Leaving Certificate Examination, 1907
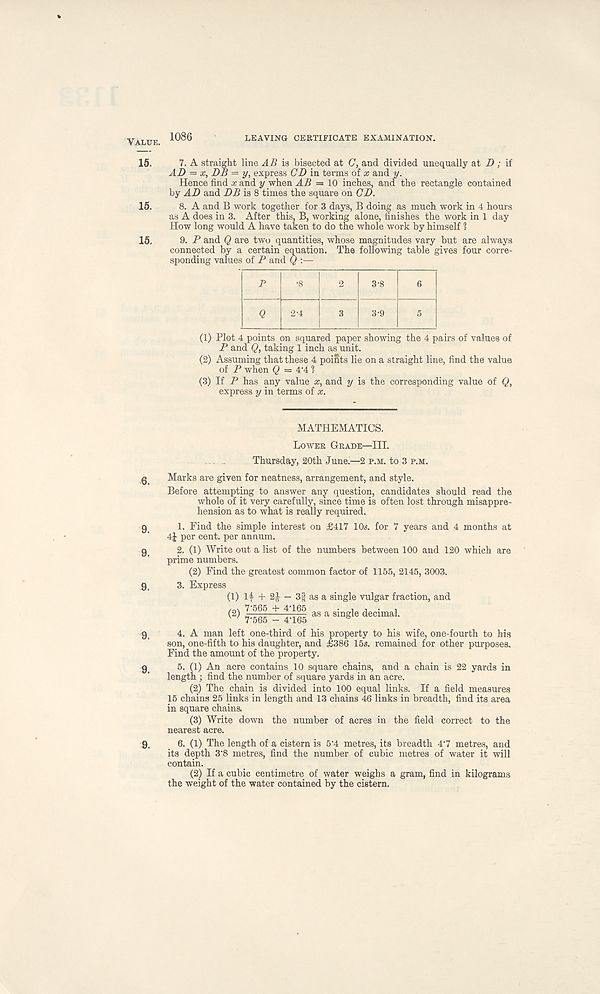
Value.
15.
15.
15.
6.
9.
9.
9.
9.
9.
9.
1086
LEAVING CERTIFICATE EXAMINATION.
7. A straight line AB is bisected at (7, and divided unequally at D ; if
AD = x, DB = y, express CD in terms of x and y.
Hence find x and y when AB = 10 inches, and the rectangle contained
by AD and DB is 8 times the square on CD.
8. A and B work together for 3 days, B doing as much work in 4 hours
as A does in 3. After this, B, working alone, finishes the work in 1 day
How long would A have taken to do the whole work by himself 1
9. P and Q are two quantities, whose magnitudes vary but are always
connected by a certain equation. The following table gives four corre-
sponding values of P and Q :—
P
-8
2 3-8
6
Q 2-4
3 3-9
5
(1) Plot 4 points on squared paper showing the 4 pairs of values of
P and Q, taking 1 inch as unit.
(2) Assuming that these 4 poifits lie on a straight line, find the value
of P when $ = 4‘4 ?
(3) If P has any value x, and y is the corresponding value of Q,
express y in terms of x.
MATHEMATICS.
Lower Grade—III.
Thursday, 20th June.—2 p.m. to 3 p.m.
Marks are given for neatness, arrangement, and style.
Before attempting to answer any question, candidates should read the
whole of it very carefully, since time is often lost through misappre-
hension as to what is really required.
1. Find the simple interest on £417 10s. for 7 years and 4 months at
4j per cent, per annum.
2. (1) Write out a list of the numbers between 100 and 120 which are
prime numbers.
(2) Find the greatest common factor of 1155, 2145, 3003.
3. Express (1) If + 2£ — 3§ as a single vulgar fraction, and
<2)
as a single decim!j -
4. A man left one-third of his property to his wife, one-fourth to his
son, one-fifth to his daughter, and £386 15s. remained for other purposes.
Find the amount of the property.
5. (1) An acre contains 10 square chains, and a chain is 22 yards in
length ; find the number of square yards in an acre.
(2) The chain is divided into 100 equal links. If a field measures
15 chains 25 links in length and 13 chains 46 links in breadth, find its area
in square chains.
(3) Write down the number of acres in the field correct to the
nearest acre.
6. (1) The length of a cistern is 5 - 4 metres, its breadth 4' 7 metres, and
its depth 3' 8 metres, find the number of cubic metres of water it will
contain.
(2) If a cubic centimetre of water weighs a gram, find in kilograms
the weight of the water contained by the cistern.